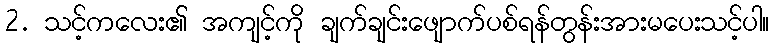
2. သင့်ကလေး၏ အကျင့်ကို ချက်ချင်းဖျောက်ပစ်ရန်တွန်းအားမပေးသင့်ပါ။